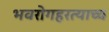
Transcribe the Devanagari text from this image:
भवरोगहरत्याच्च